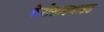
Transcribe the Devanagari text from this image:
फेरोसाइनाइड